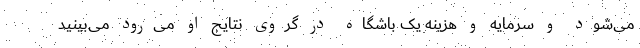
می‌شود و سرمایه و هزینه یک باشگاه در گروی نتایج او می‌رود می‌بینید